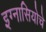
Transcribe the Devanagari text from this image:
इग्नासियोचे